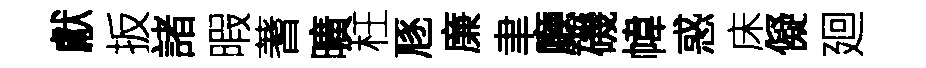
獻扳諸暇蓍曠枉豗廉聿廳磯幃惑床儗廻